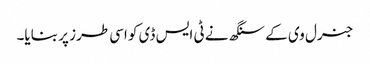
جنرل وی کے سنگھ نے ٹی ایس ڈی کو اسی طرز پر بنایا۔